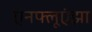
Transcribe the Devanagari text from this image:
एनफ्लूएंझा